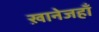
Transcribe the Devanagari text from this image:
ख़ानेजहाँ